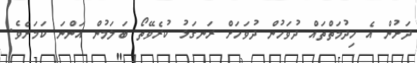
ދަށުން އެ ހިދުމަތްތައް ދުވަހުން ދުވަހަށް ރަނގަޅު ކުރެވޭތޯ ބަލަމުން އަންނަ ކަމަށެވެ.